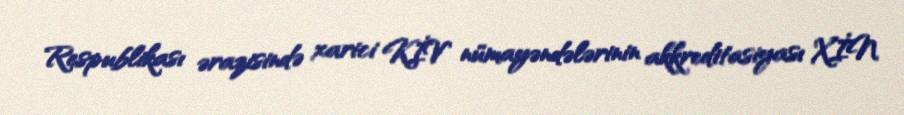
Respublikası ərazisində xarici KİV nümayəndələrinin akkreditasiyası XİN